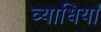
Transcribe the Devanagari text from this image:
व्‍याधियां